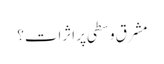
مشرق وسطی پر اثرات؟